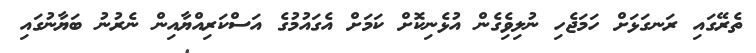
ތެރޭގައި ރަނގަޅަށް ހަމަޖެހި ނުލިވެިގެން އުޅެނިކޮށް ކަމަށް އެގައުމުގެ އަސްކަރިއްޔާއިން ނެރުނު ބަޔާނުގައި